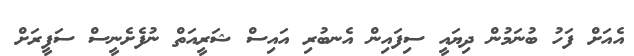
އެއަށް ފަހު ބުނަމުން ދިޔައީ ސިފައިން އެނބުރި އައިސް ޝަރީއަތް ނުފެށެނީސް ސަފީރަށް